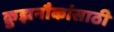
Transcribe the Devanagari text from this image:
क्रुझनौकांसाठी